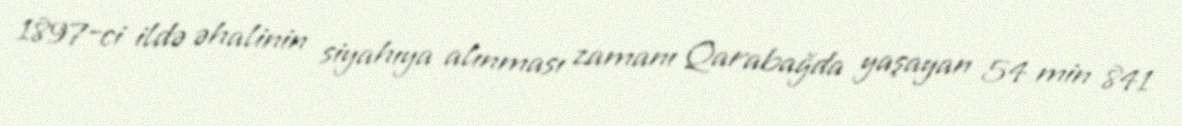
1897-ci ildə əhalinin siyahıya alınması zamanı Qarabağda yaşayan 54 min 841